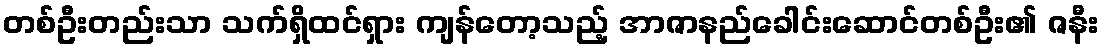
တစ်ဦးတည်းသာ သက်ရှိထင်ရှား ကျန်တော့သည့် အာဇာနည်ခေါင်းဆောင်တစ်ဦး၏ ဇနီး